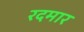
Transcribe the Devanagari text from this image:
रदमार